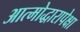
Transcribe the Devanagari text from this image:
आत्मोद्धारापेक्षा